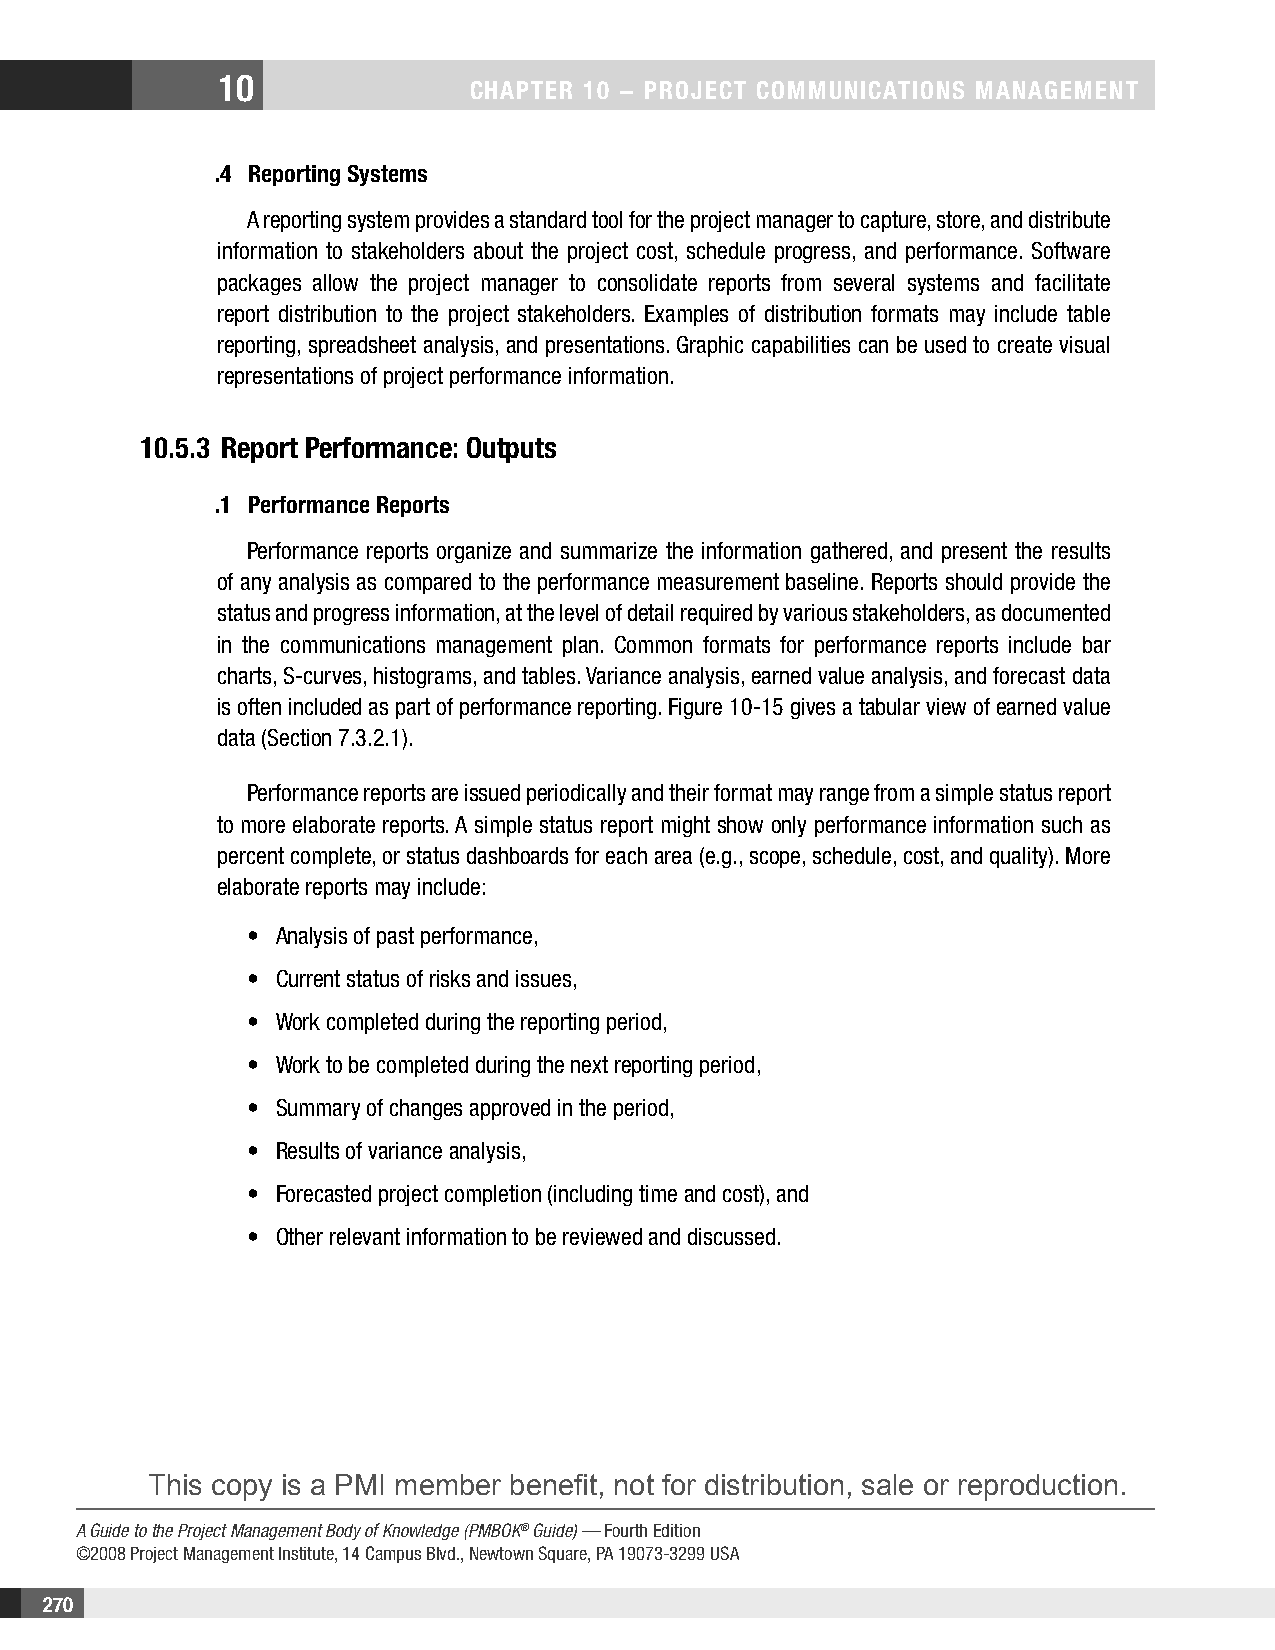
10
 CHAPTER 10 − PROjECT COMMunICATIOnS MAnAgEMEnT
 .4 Reporting Systems
 A reporting system provides a standard tool for the project manager to capture, store, and distribute
 information to stakeholders about the project cost, schedule progress, and performance. Software
 packages allow the project manager to consolidate reports from several systems and facilitate
 report distribution to the project stakeholders. Examples of distribution formats may include table
 reporting, spreadsheet analysis, and presentations. Graphic capabilities can be used to create visual
 representations of project performance information.
 10.5.3 Report Performance: Outputs
 .1 Performance Reports
 Performance reports organize and summarize the information gathered, and present the results
 of any analysis as compared to the performance measurement baseline. Reports should provide the
 status and progress information, at the level of detail required by various stakeholders, as documented
 in the communications management plan. Common formats for performance reports include bar
 charts, S-curves, histograms, and tables. Variance analysis, earned value analysis, and forecast data
 is often included as part of performance reporting. Figure 10-15 gives a tabular view of earned value
 data (Section 7.3.2.1).
 Performance reports are issued periodically and their format may range from a simple status report
 to more elaborate reports. A simple status report might show only performance information such as
 percent complete, or status dashboards for each area (e.g., scope, schedule, cost, and quality). More
 elaborate reports may include:
 • Analysis of past performance,
 • Current status of risks and issues,
 • Work completed during the reporting period,
 • Work to be completed during the next reporting period,
 • Summary of changes approved in the period,
 • Results of variance analysis,
 • Forecasted project completion (including time and cost), and
 • Other relevant information to be reviewed and discussed.
 This copy is a PMI member benefit, not for distribution, sale or reproduction.
 A Guide to the Project Management Body of Knowledge (PMBOK® Guide) — Fourth Edition
 ©2008 Project Management Institute, 14 Campus Blvd., Newtown Square, PA 19073-3299 USA
 270